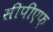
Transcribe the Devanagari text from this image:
सीपीएफ़